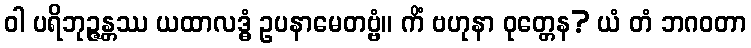
ဝါ ပရိဘုဉ္ဇန္တဿ ယထာလဒ္ဓံ ဥပနာမေတဗ္ဗံ။ ကိံ ဗဟုနာ ဝုတ္တေန? ယံ တံ ဘဂဝတာ